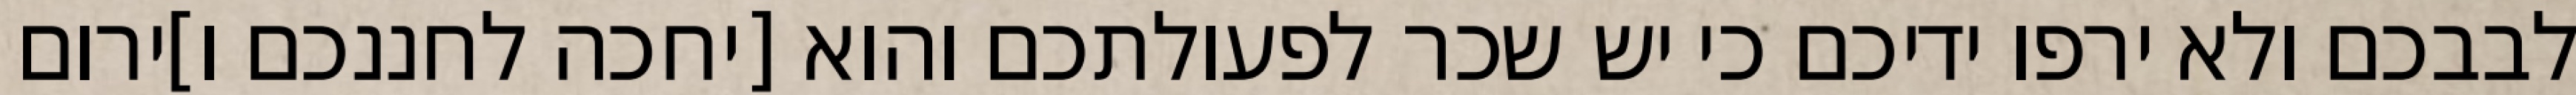
לבבכם ולא ירפו ידיכם כי יש שכר לפעולתכם והוא [יחכה לחננכם ו]ירום